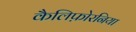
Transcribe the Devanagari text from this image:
कैलिफ़ोरनिया